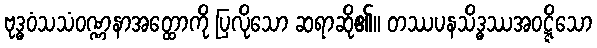
ဗုဒ္ဓဝံသသံဝဏ္ဏနာအတ္ထောကို ပြလိုသော ဆရာဆို၏။ တဿပနသိဒ္ဓဿအဝဋ္ဋိသော